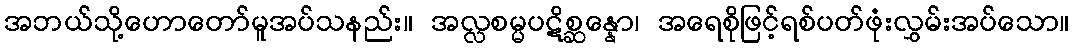
အဘယ်သို့ဟောတော်မူအပ်သနည်း။ အလ္လစမ္မပဋိစ္ဆန္နော၊ အရေစိုဖြင့်ရစ်ပတ်ဖုံးလွှမ်းအပ်သော။